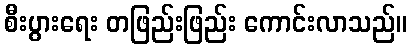
စီးပွားရေး တဖြည်းဖြည်း ကောင်းလာသည်။